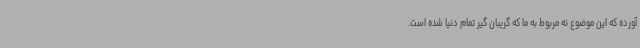
آورده که این موضوع نه مربوط به ما که گریبان گیر تمام دنیا شده است.